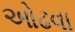
ઓઢવા